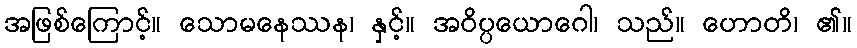
အဖြစ်ကြောင့်။ သောမနေဿန၊ နှင့်။ အဝိပ္ပယောဂေါ၊ သည်။ ဟောတိ၊ ၏။